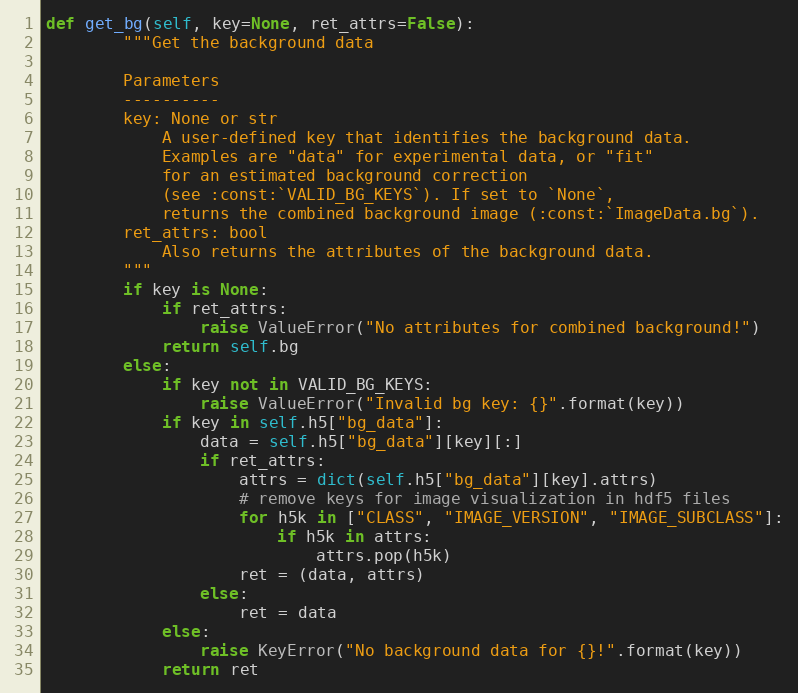
Language: Python
def get_bg(self, key=None, ret_attrs=False):
        """Get the background data

        Parameters
        ----------
        key: None or str
            A user-defined key that identifies the background data.
            Examples are "data" for experimental data, or "fit"
            for an estimated background correction
            (see :const:`VALID_BG_KEYS`). If set to `None`,
            returns the combined background image (:const:`ImageData.bg`).
        ret_attrs: bool
            Also returns the attributes of the background data.
        """
        if key is None:
            if ret_attrs:
                raise ValueError("No attributes for combined background!")
            return self.bg
        else:
            if key not in VALID_BG_KEYS:
                raise ValueError("Invalid bg key: {}".format(key))
            if key in self.h5["bg_data"]:
                data = self.h5["bg_data"][key][:]
                if ret_attrs:
                    attrs = dict(self.h5["bg_data"][key].attrs)
                    # remove keys for image visualization in hdf5 files
                    for h5k in ["CLASS", "IMAGE_VERSION", "IMAGE_SUBCLASS"]:
                        if h5k in attrs:
                            attrs.pop(h5k)
                    ret = (data, attrs)
                else:
                    ret = data
            else:
                raise KeyError("No background data for {}!".format(key))
            return ret